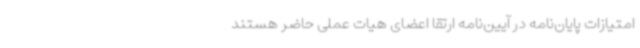
امتیازات پایان‌نامه در آیین‌نامه ارتقا اعضای هیات عملی حاضر هستند